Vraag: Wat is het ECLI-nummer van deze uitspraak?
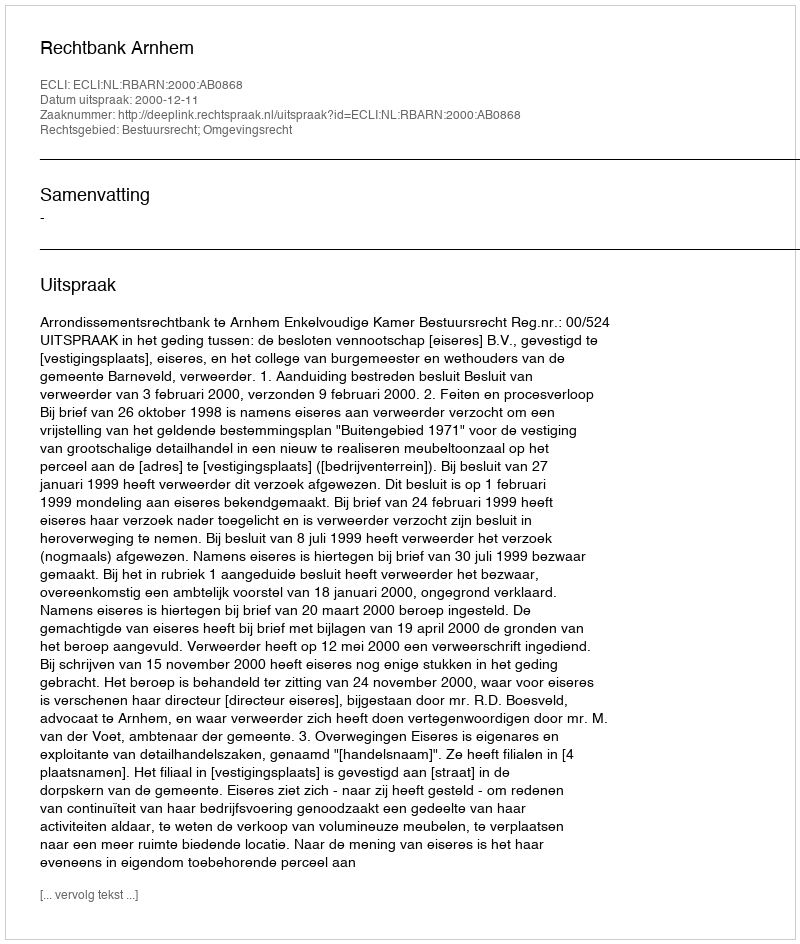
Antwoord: ECLI:NL:RBARN:2000:AB0868